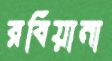
রবিয়ানা